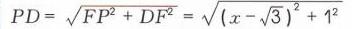
$PD = \sqrt{FP^{2}+DF^{2}}=\sqrt{(x - \sqrt{3})^{2}+1^{2}}$